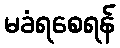
မခံရစေရန်